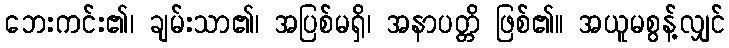
ဘေးကင်း၏၊ ချမ်းသာ၏၊ အပြစ်မရှိ၊ အနာပတ္တိ ဖြစ်၏။ အယူမစွန့်လျှင်